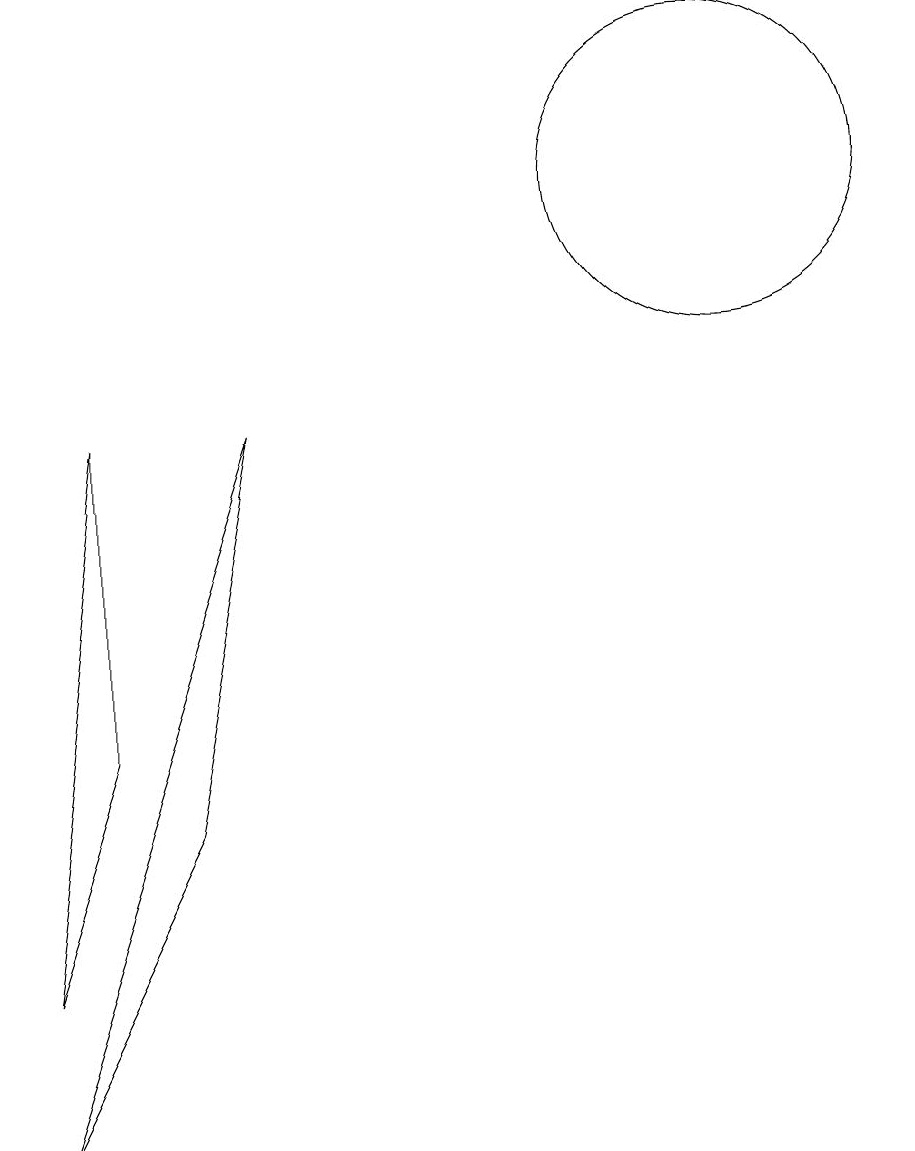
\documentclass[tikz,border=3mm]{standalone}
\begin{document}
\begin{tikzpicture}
\draw (10,12) circle (2);
\draw (2,9) -- (1,2) -- (2,5) -- cycle;
\draw (3,4) -- (1,0) -- (4,9) -- cycle;
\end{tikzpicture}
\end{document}